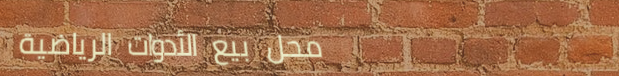
محل بيع الأدوات الرياضية